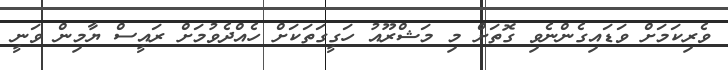
ވެރިކަމަށް ވަޑައިގެންނެވި ގޮތަށް މި މަޝްރޫއު ހަގީީގަތަކަށް ހެއްދެވުމަށް ރައީސް ޔާމިން ވަނީ